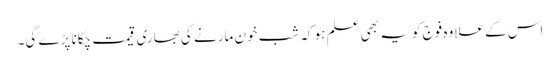
اس کے علاوہ فوج کو یہ بھی علم ہو کہ شب خون مارنے کی بھاری قیمت چکانا پڑے گی۔